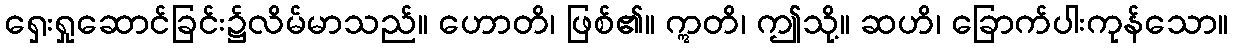
ရှေးရှုဆောင်ခြင်း၌လိမ်မာသည်။ ဟောတိ၊ ဖြစ်၏။ ဣတိ၊ ဤသို့။ ဆဟိ၊ ခြောက်ပါးကုန်သော။